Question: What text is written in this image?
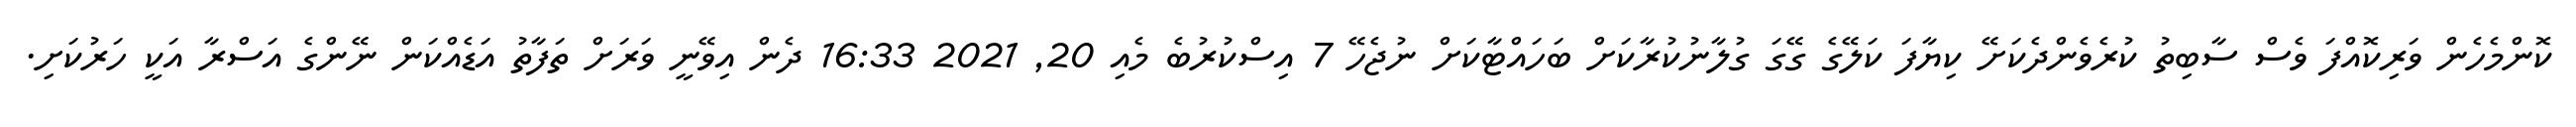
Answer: ކޮންމެހެން ވަރިކޮއްފަ ވެސް ސާބިތު ކުރެވެންދެކަށޭ ކިޔާފަ ކަލޭގެ ގޭގަ ގުލާނުކުރާކަށް ބަހައްޓާކަށް ނުޖެހޭ 7 އިސްކުރުބެ މެއި 20, 2021 16:33 ދެން އިވޭނީ ވަރަށް ތަފާތު އަޑެއްކަން ނޭންގެ އަސްރާ އަކީ ހަރުކަށި.